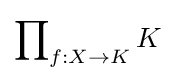
\prod \nolimits _{f:X\to K}K